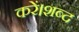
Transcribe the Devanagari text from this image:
करें।शब्द